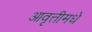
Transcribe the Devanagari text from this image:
आवृत्तीमधे